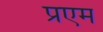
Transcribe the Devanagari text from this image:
प्रएम